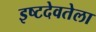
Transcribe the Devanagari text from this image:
इष्टदेवतेला